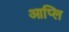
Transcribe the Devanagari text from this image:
आप्लि